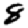
Digit: 8